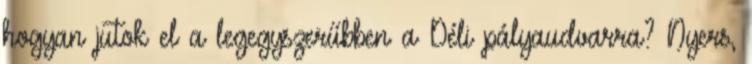
hogyan jutok el a legegyszerűbben a Déli pályaudvarra? Nyers,